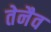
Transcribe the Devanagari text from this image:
तेनैव